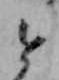
と